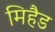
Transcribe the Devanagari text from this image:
मिहैड